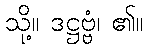
သို့။ ဒဋ္ဌဗ္ဗံ၊ ၏။